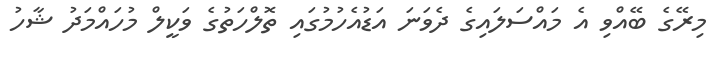
މިރޭގެ ބޭއްވި އެ މައްސަލައިގެ ދެވަނަ އަޑުއެހުމުގައި ތޮލްހަތުގެ ވަކީލް މުހައްމަދު ޝާހު